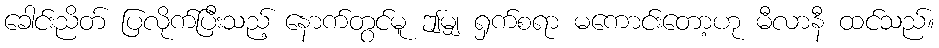
ခေါင်းညိတ် ပြလိုက်ပြီးသည့် နောက်တွင်မူ ဤမျှ ရှက်စရာ မကောင်းတော့ဟု မီလာနီ ထင်သည်။